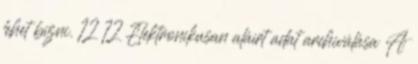
lehet bízni. 12 12 Elektronikusan aláírt adat archiválása A